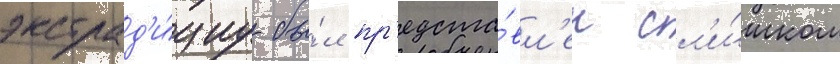
экстрад'и́циу бы́л пр'едста́вл'ен сл'и́шком